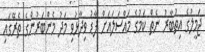
ޖަމީލުގެ އިތުބާރު ނެތް ކަމުގެ މައްސަލައަށް ފާޑު ވިދާޅުވި މަދު މެންބަރުންގެ ތެރޭގައި